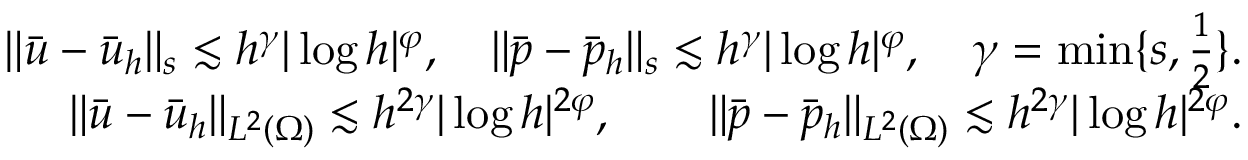
\begin{array} { r } { \| \bar { u } - \bar { u } _ { h } \| _ { s } \lesssim h ^ { \gamma } | \log h | ^ { \varphi } , \quad \| \bar { p } - \bar { p } _ { h } \| _ { s } \lesssim h ^ { \gamma } | \log h | ^ { \varphi } , \quad \gamma = \operatorname* { m i n } \{ s , \frac { 1 } { 2 } \} . } \\ { \| \bar { u } - \bar { u } _ { h } \| _ { L ^ { 2 } ( \Omega ) } \lesssim h ^ { 2 \gamma } | \log h | ^ { 2 \varphi } , \qquad \| \bar { p } - \bar { p } _ { h } \| _ { L ^ { 2 } ( \Omega ) } \lesssim h ^ { 2 \gamma } | \log h | ^ { 2 \varphi } . } \end{array}